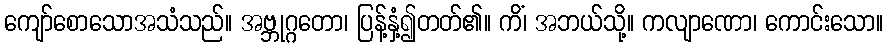
ကျော်စောသောအသံသည်။ အဗ္ဘုဂ္ဂတော၊ ပြန့်နှံ့၍တတ်၏။ ကိံ၊ အဘယ်သို့။ ကလျာဏော၊ ကောင်းသော။